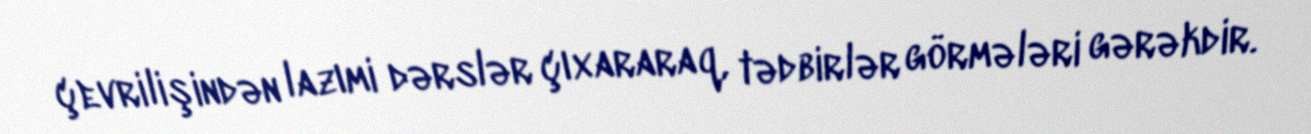
çevrilişindən lazımi dərslər çıxararaq, tədbirlər görmələri gərəkdir.